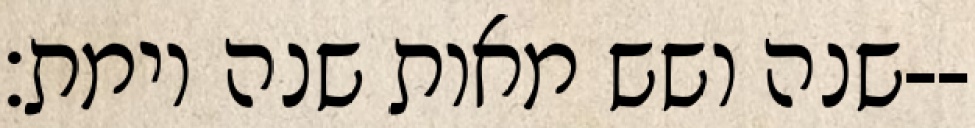
שנה ושש מאות שנה וימת׃--